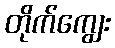
တိုက်ကျွေး